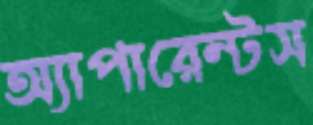
অ্যাপারেন্টস